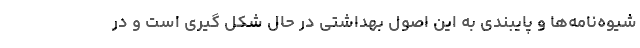
شیوه‌نامه‌ها و پایبندی به این اصول بهداشتی در حال شکل گیری است و در